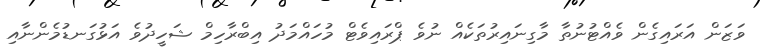
ވަޒަން އަރައިގެން ވެއްޓުނުތާ މާގިނައިރުތަކެއް ނުވެ ޕްރައިވެޓް މުހައްމަދު އިބްރާހިމް ޝަހީދުވެ އަޅުގަނޑުމެންނާއި